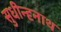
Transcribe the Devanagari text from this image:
सुधीन्दृनाथ